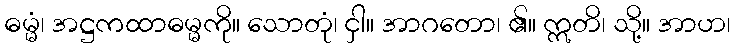
ဓမ္မံ၊ အဋ္ဌကထာဓမ္မကို။ သောတုံ၊ ငှါ။ အာဂတော၊ ၏။ ဣတိ၊ သို့။ အာဟ၊